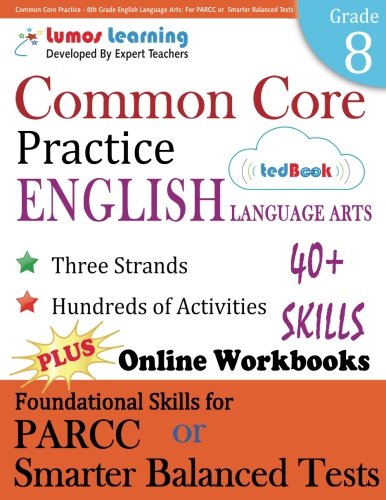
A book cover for Common Core Practice - 8th Grade English Language Arts: Workbooks to Prepare for the PARCC or Smarter Balanced Test: CCSS Aligned (CCSS Standards Practice) (Volume 11); Lumos Learning; Education & Teaching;